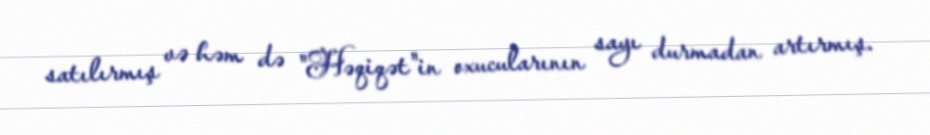
satılırmış və həm də "Həqiqət"in oxucularının sayı durmadan artırmış.